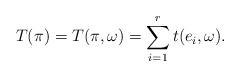
LaTeX: \begin{align*}T(\pi) = T(\pi, \omega) = \sum_{i=1}^{r} t(e_i, \omega).\end{align*}